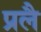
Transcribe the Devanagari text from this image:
प्रलै